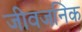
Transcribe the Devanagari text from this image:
जीवजनिक